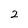
Character: 2